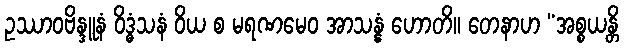
ဥဿာဝဗိန္ဒူနံ ဝိဒ္ဓံသနံ ဝိယ စ မရဏမေဝ အာသန္နံ ဟောတိ။ တေနာဟ “အစ္စယန္တိ